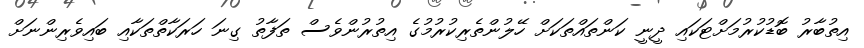
އިތުބާރު ބޮޑުކުރުމަށްޓަކައި ދީނީ ކަންތައްތަކަށް ހޭލުންތެރިކުރުމުގެ އިތުރުންވެސް ތަފާތު ގިނަ ހަރަކާތްތަކާއި ބައިވެރިންނަށް